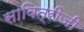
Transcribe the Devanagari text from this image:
सावित्रीजी